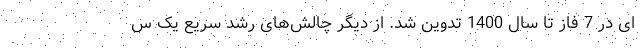
ای ‌در 7 فاز تا سال 1400 تدوین شد. از دیگر چالش‌های رشد سریع یک س